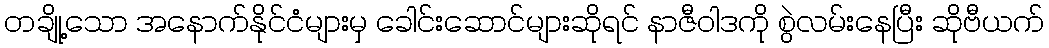
တချို့သော အနောက်နိုင်ငံများမှ ခေါင်းဆောင်များဆိုရင် နာဇီဝါဒကို စွဲလမ်းနေပြီး ဆိုဗီယက်